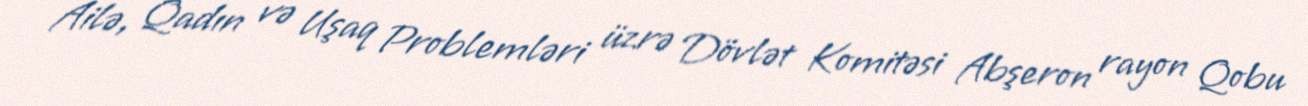
Ailə, Qadın və Uşaq Problemləri üzrə Dövlət Komitəsi Abşeron rayon Qobu